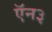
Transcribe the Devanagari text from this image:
ऍन३